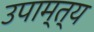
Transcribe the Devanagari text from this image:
उपाम्त्य